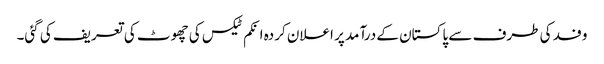
وفد کی طرف سے پاکستان کے درآمد پر اعلان کردہ انکم ٹیکس کی چھوٹ کی تعریف کی گئی۔